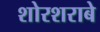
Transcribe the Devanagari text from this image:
शोरशराबे